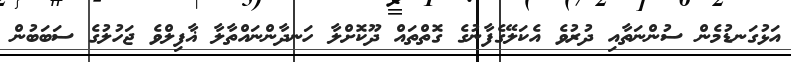
އަޅުގަނޑުމެން ސުންނަތާއި ދުރުވެ އެކަލޭގެފާނުގެ ގޮތްތައް ދޫކޮށްލާ ހަނދާންނައްތާލާ ޣާފިލްވެ ޖަހުލުގެ ސަބަބުން